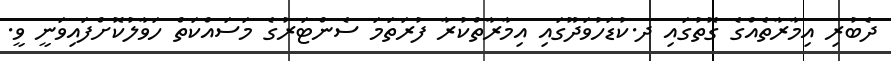
ދެބުރި އިމާރާތެއްގެ ގޮތުގައި ދ.ކުޑަހުވަދޫގައި އިމާރާތްކުރާ ފުރަތަމަ ސެންޓަރުގެ މަސައްކަތް ހަވާލުކޮށްފައިވަނީ ވީ.